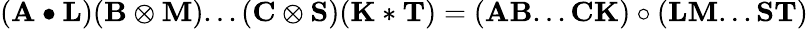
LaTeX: (\mathbf{A}\bullet\mathbf{L})(\mathbf{B}\otimes\mathbf{M})...(\mathbf{C}\otimes\mathbf{S})(\mathbf{K}\ast\mathbf{T})=(\mathbf{A}\mathbf{B}...\mathbf{C}\mathbf{K})\circ(\mathbf{L}\mathbf{M}...\mathbf{S}\mathbf{T})